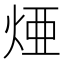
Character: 𤉁